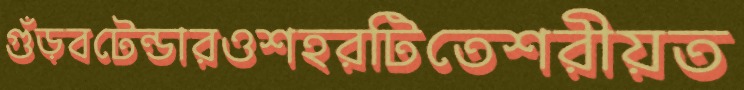
গুঁড়বটেন্ডারওশহরটিতেশরীয়ত